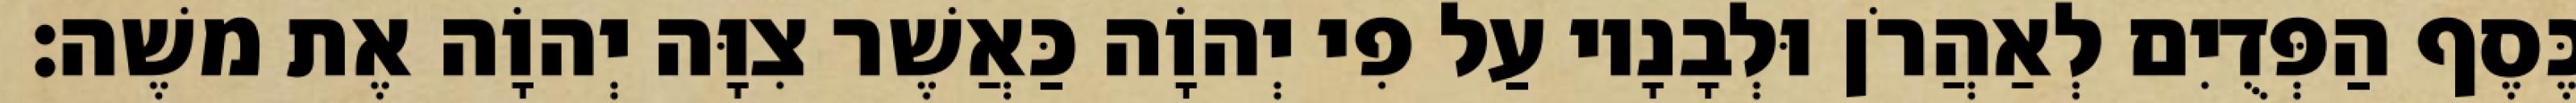
כֶּסֶף הַפְּדֻיִם לְאַהֲרֹן וּלְבָנָיו עַל פִי יְהוָֹה כַּאֲשֶׁר צִוָּה יְהוָֹה אֶת משֶׁה׃